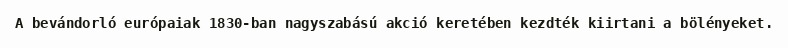
A bevándorló európaiak 1830-ban nagyszabású akció keretében kezdték kiirtani a bölényeket.